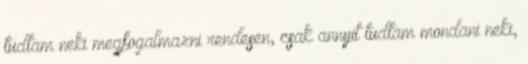
tudtam neki megfogalmazni rendesen, csak annyit tudtam mondani neki,